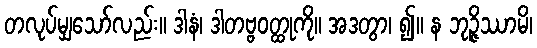
တလုပ်မျှသော်လည်း။ ဒါနံ၊ ဒါတဗ္ဗဝတ္ထုကို။ အဒတွာ၊ ၍။ န ဘုဉ္ဇိဿာမိ၊